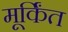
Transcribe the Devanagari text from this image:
मूर्किंत